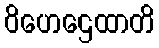
ဝိဟေဌေထာတိ